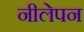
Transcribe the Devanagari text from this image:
नीलेपन